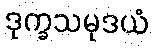
ဒုက္ခသမုဒယံ